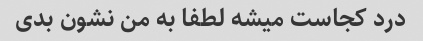
درد کجاست میشه لطفا به من نشون بدی